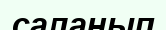
саланып